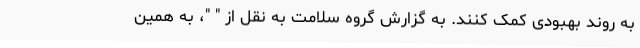
به روند بهبودی کمک کنند. به گزارش گروه سلامت به نقل از " "، به همین